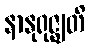
နာနုရုဇ္ဈတိ